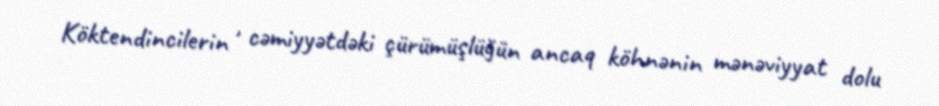
Köktendincilerin , cəmiyyətdəki çürümüşlüğün ancaq köhnənin mənəviyyat dolu